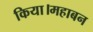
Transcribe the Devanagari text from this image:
किया।महाबन